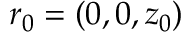
r _ { 0 } = ( 0 , 0 , z _ { 0 } )